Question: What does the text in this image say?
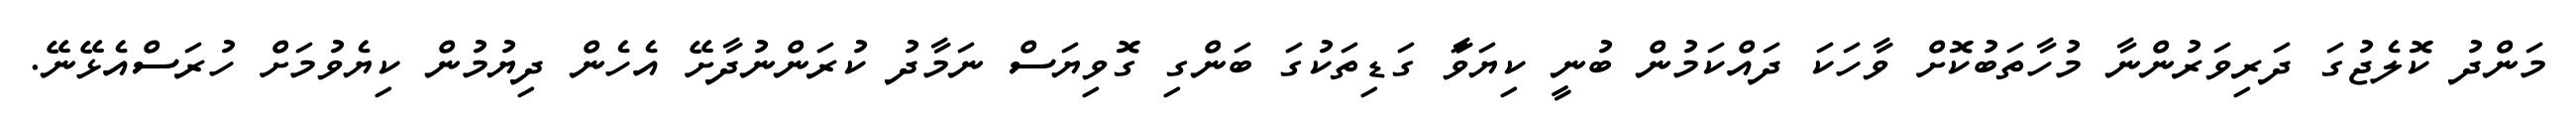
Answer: މަންދު ކޮލެޖުގަ ދަރިވަރުންނާ މުހާތަބުކޮށް ވާހަކަ ދައްކަމުން ބުނީ ކިޔަވަާ ގަޑިތަކުގަ ބަންގި ގޮވިޔަސް ނަމާދު ކުރަންނުދާށޭ އެހެން ދިޔުމުން ކިޔެވުމަށް ހުރަސްއެޅޭނޭ.